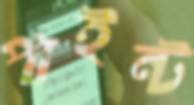
পাইন্ট